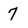
Character: 7